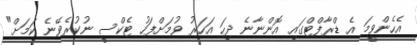
އެހެންވީމަ އެ ޑްރާފްޓްގައި އޮންނާނެ ދިހަ އަހަރު ވުމަށްފަހު ޓެކްސީ ނުކުރެވޭނެ ކަމަށް"